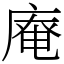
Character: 𢊊